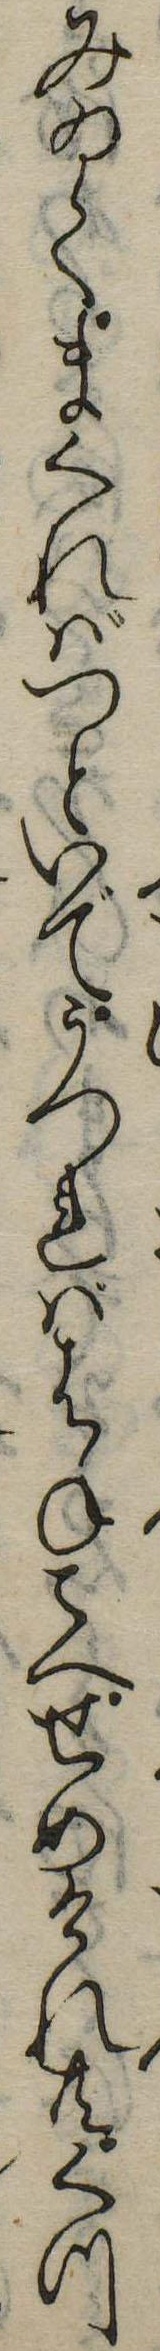
みゐてまくればつといでうつればはねこへせめけれ共くつ